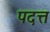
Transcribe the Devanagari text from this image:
पदत्त